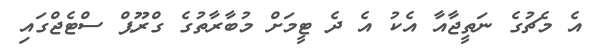
އެ މެޗުގެ ނަތީޖާއާ އެކު އެ ދެ ޓީމަށް މުބާރާތުގެ ގްރޫޕް ސްޓެޖްގައި